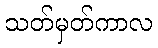
သတ်မှတ်ကာလ